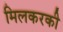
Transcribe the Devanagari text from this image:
मिलकरकी